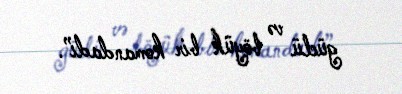
güclü və böyük bir komandadı”.